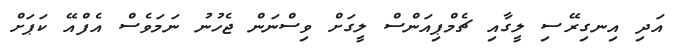
އަދި އިނގިރޭސި ލީގާއި ޗެމްޕިއަންސް ލީގަށް ވިސްނަން ޖެހުނު ނަމަވެސް އެފްއޭ ކަޕަށް